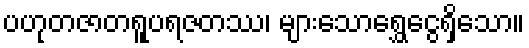
ပဟုတဇာတရူပရဇတဿ၊ များသောရွှေငွေရှိသော။